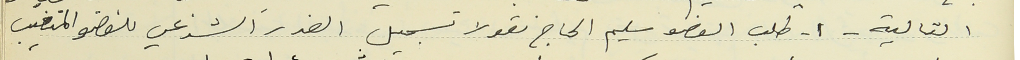
التالية - ١- طلب العضو سليم الحاج نقولا تسجيل العذر الشرعي للعضو المتغيب